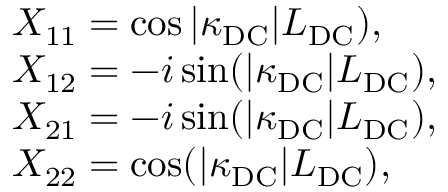
\begin{array} { r l } & { X _ { 1 1 } = \cos | \kappa _ { \mathrm { D C } } | L _ { \mathrm { D C } } ) , } \\ & { X _ { 1 2 } = - i \sin ( | \kappa _ { \mathrm { D C } } | L _ { \mathrm { D C } } ) , } \\ & { X _ { 2 1 } = - i \sin ( | \kappa _ { \mathrm { D C } } | L _ { \mathrm { D C } } ) , } \\ & { X _ { 2 2 } = \cos ( | \kappa _ { \mathrm { D C } } | L _ { \mathrm { D C } } ) , } \end{array}